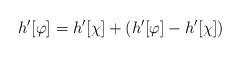
LaTeX: \begin{align*}h' [\varphi] = h'[\chi] + \left( h'[\varphi] - h'[\chi] \right)\end{align*}